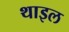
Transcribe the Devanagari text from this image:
थाइल